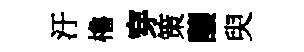
汙櫓穿策醸臾